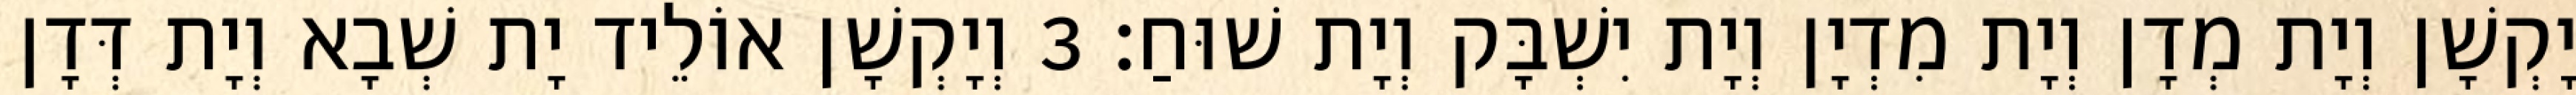
יָקְשָׁן וְיָת מְדָן וְיָת מִדְיָן וְיָת יִשְׁבָּק וְיָת שׁוּחַ׃ 3 וְיָקְשָׁן אוֹלֵיד יָת שְׁבָא וְיָת דְּדָן